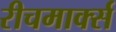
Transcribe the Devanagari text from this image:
रीचमार्क्स